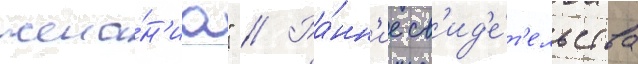
жела́н'иа" // Ра́нн'ие св'ид'е́т'ельства